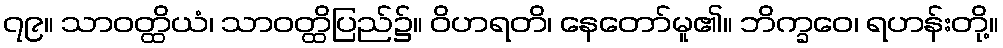
၇၉။ သာဝတ္ထိယံ၊ သာဝတ္ထိပြည်၌။ ဝိဟရတိ၊ နေတော်မူ၏။ ဘိက္ခဝေ၊ ရဟန်းတို့။